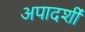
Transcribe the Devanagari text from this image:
अपादर्शी